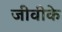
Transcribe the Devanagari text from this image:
जीवीके